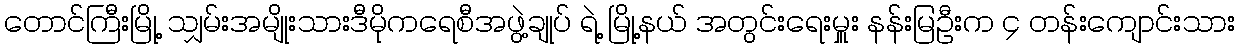
တောင်ကြီးမြို့ သျှမ်းအမျိုးသားဒီမိုကရေစီအဖွဲ့ချုပ် ရဲ့ မြို့နယ် အတွင်းရေးမှူး နန်းမြဦးက ၄ တန်းကျောင်းသား